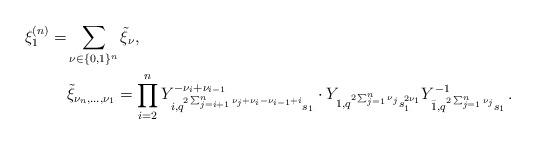
LaTeX: \begin{align*}\xi^{(n)}_1=&\sum_{\nu\in\{0,1\}^n}\tilde\xi_{\nu},\\&\tilde\xi_{\nu_n,\ldots,\nu_1}=\prod_{i=2}^n Y_{i,q^{2\sum_{j=i+1}^n\nu_j+\nu_i-\nu_{i-1}+i}s_1}^{-\nu_i+\nu_{i-1}}\cdot Y_{1,q^{2\sum_{j=1}^n\nu_j}s_1^{2\nu_1}}Y_{\bar 1,q^{2\sum_{j=1}^n\nu_j}s_1}^{-1}\,.\end{align*}